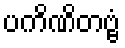
ပကိဏိတဗ္ဗံ